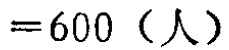
$=600 \ (\text{人})$